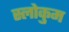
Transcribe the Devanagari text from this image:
स्लोकुम